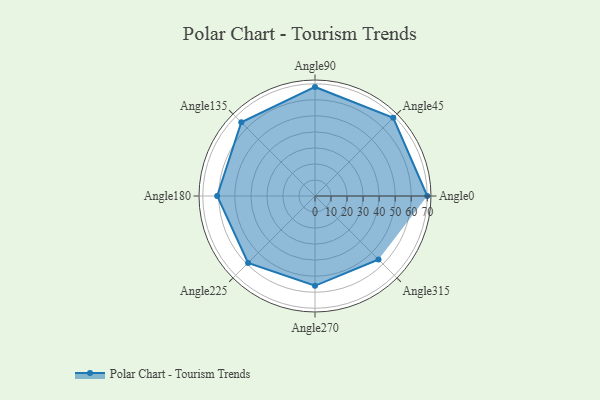
{"axis": {"x": "Angle", "y": "Radius"}, "legend": [""], "data": [{"x": "Angle0", "y": 70.0, "type": ""}, {"x": "Angle45", "y": 69.0, "type": ""}, {"x": "Angle90", "y": 68.0, "type": ""}, {"x": "Angle135", "y": 65.0, "type": ""}, {"x": "Angle180", "y": 61.0, "type": ""}, {"x": "Angle225", "y": 59.0, "type": ""}, {"x": "Angle270", "y": 56.0, "type": ""}, {"x": "Angle315", "y": 56.0, "type": ""}]}